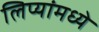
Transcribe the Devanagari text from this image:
लिप्यांमध्ये